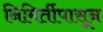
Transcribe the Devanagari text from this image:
निमिर्तीपासून